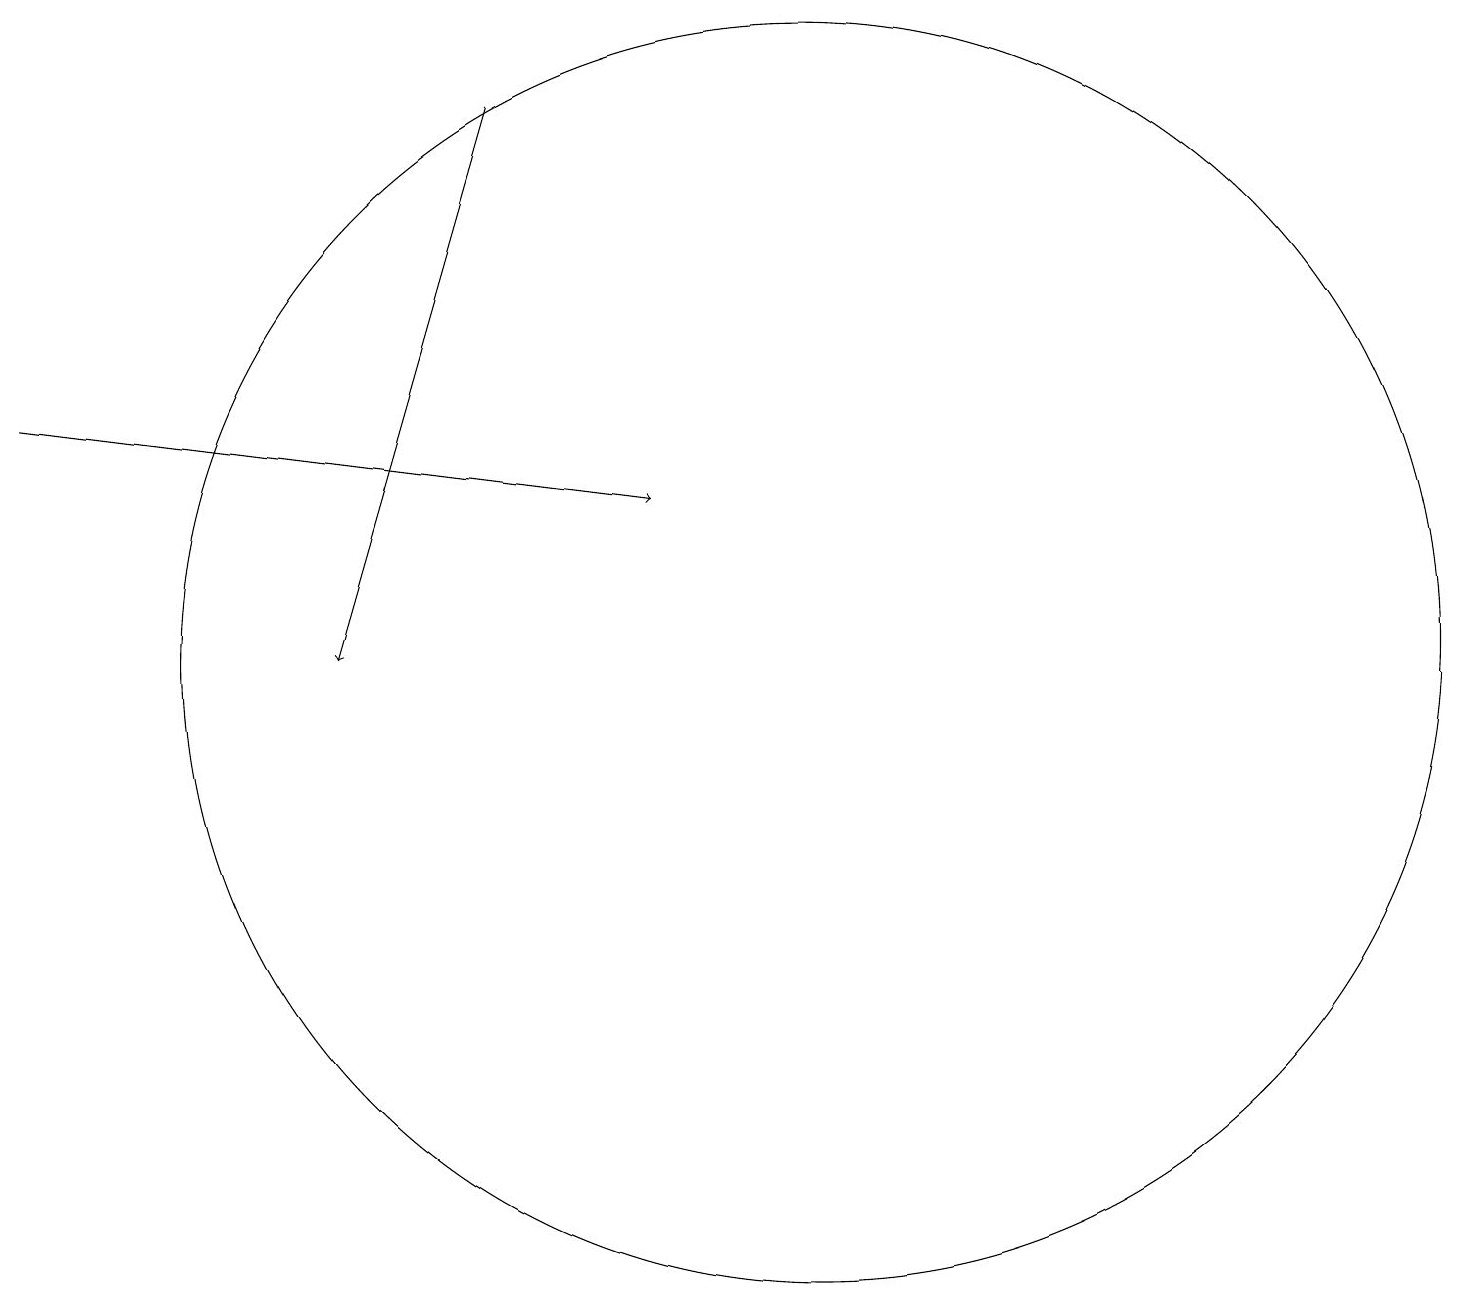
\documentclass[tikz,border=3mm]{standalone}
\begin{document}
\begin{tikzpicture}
\draw (10,11) circle (8);
\draw[->] (0,14) -- (8,13);
\draw[->] (6,18) -- (4,11);
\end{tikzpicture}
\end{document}